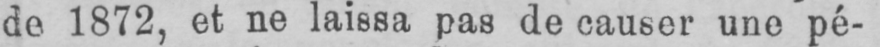
1872, et ne laissa pas de causer une pé-